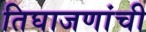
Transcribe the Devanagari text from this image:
तिघाजणांची